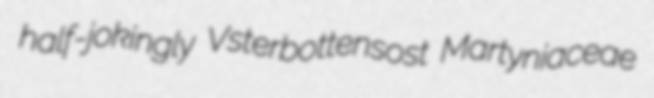
half-jokingly Vsterbottensost Martyniaceae